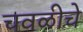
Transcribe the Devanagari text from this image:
चवळीचे